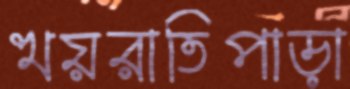
খয়রাতিপাড়া